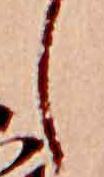
し